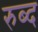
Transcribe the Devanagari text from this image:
रुब्द